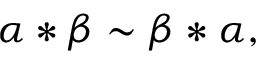
\alpha * \beta \sim \beta * \alpha ,